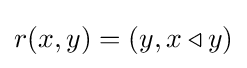
r(x,y)=(y,x\triangleleft y)